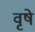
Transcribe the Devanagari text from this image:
वृषे